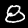
Label: 8